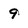
Character: 9